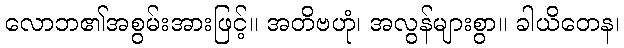
လောဘ၏အစွမ်းအားဖြင့်။ အတိဗဟုံ၊ အလွန်များစွာ။ ခါယိတေန၊